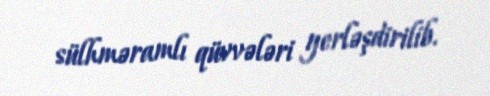
sülhməramlı qüvvələri yerləşdirilib.